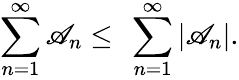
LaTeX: \sum_{n=1}^{\infty}\mathscr{A}_{n}\leq\ \sum_{n=1}^{\infty}\left|\mathscr{A}_{n}\right\vert.